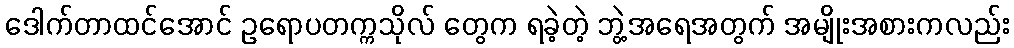
ဒေါက်တာထင်အောင် ဥရောပတက္ကသိုလ် တွေက ရခဲ့တဲ့ ဘွဲ့အရေအတွက် အမျိုးအစားကလည်း